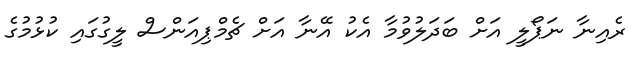
ރެއިނާ ނަޕޯލީ އަށް ބަދަލުވުމާ އެކު އޭނާ އަށް ޗެމްޕިއަންސް ލީގުގައި ކުޅުމުގެ